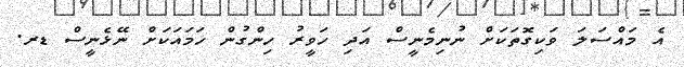
އެ މައްސަލަ ވަކިގޮތަކަށް ނުނިމެނީސް އަދި ހަވީރު ހިންގުން ހަމައަކަށް ނޭޅެނީސް ޑރ.